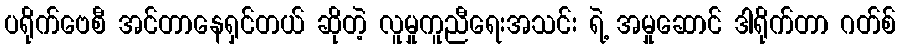
ပရိုက်ဗေစီ အင်တာနေရှင်တယ် ဆိုတဲ့ လူမှုကူညီရေးအသင်း ရဲ့ အမှုဆောင် ဒါရိုက်တာ ဂတ်စ်